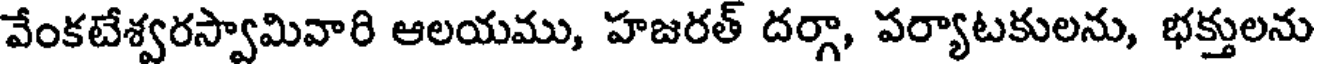
వేంకటేశ్వరస్వామివారి ఆలయము, హజరత్ దర్గా, పర్యాటకులను, భక్తులను